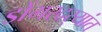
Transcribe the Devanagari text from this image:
डोंगरदर्‍यांत